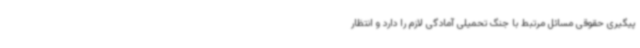
پیگیری حقوقی مسائل مرتبط با جنگ تحمیلی آمادگی لازم را دارد و انتظار